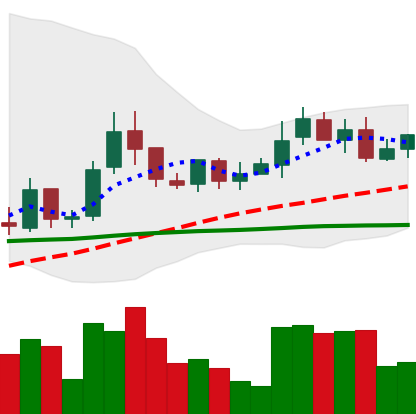
Ticker: LINK-USD
Chart end date: 2019-02-23
Forward return: -7.462%
Label: down_7plus